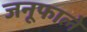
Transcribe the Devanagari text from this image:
जनूफाले